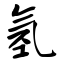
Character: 氢